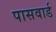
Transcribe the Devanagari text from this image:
पासवार्ड